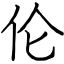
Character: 伦